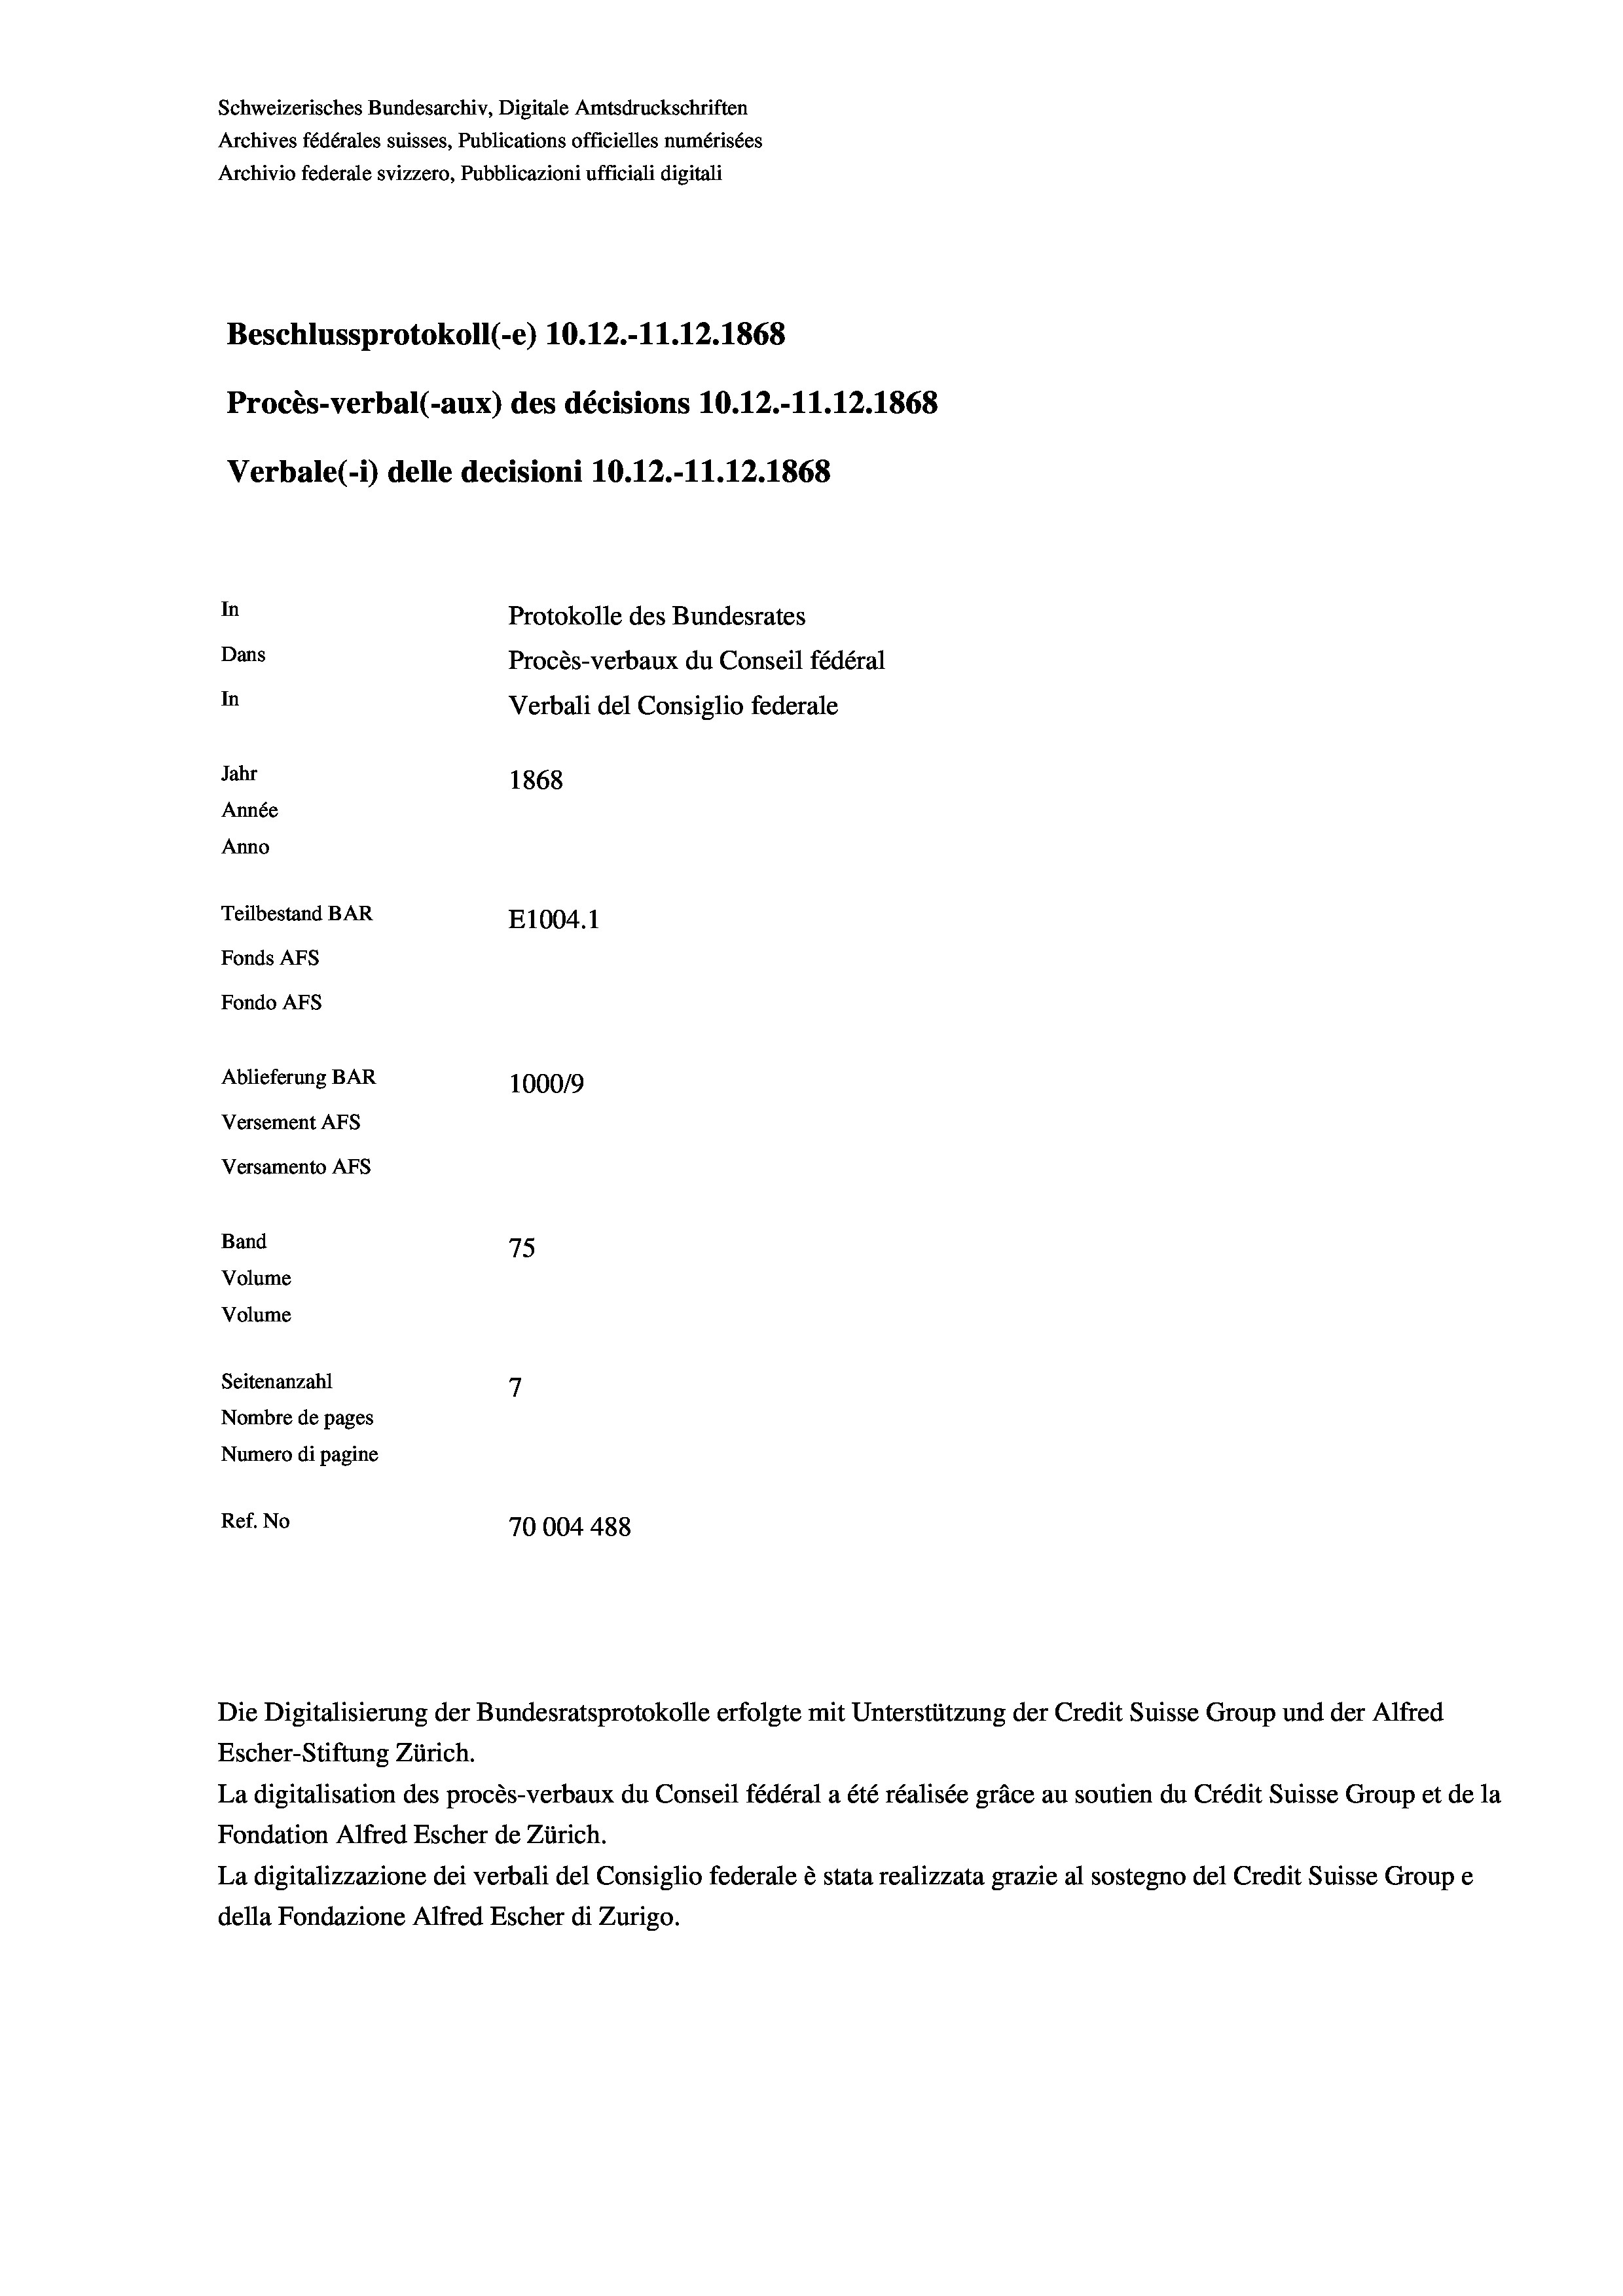
Schweizerisches Bundesarchiv, Digitale Amtsdruckschriften
Archives fédérales suisses, Publications officielles numérisées
Archivio federale svizzero, Pubblicazioni ufficiali digitali
Beschlussprotokoll (-e) 10.12.-11.12.1868
Procès-verbal (-aux) des décisions 10.12.-11.12.1868
Verbale(-*) delle decisioni 10.12.-11.12.1868
In
Protokolle des Bundesrates
Dans
Procès-verbaux du Conseil fédéral
In
Verbali del Consiglio federale
Jahr
1868
Année
Anno
Teilbestand BAR
E1004. 1
Fonds AFs
Fondo AFS
Ablieferung BAR
100019
Versement As
Versamento AFs
Band
75
Volume
Volume

7
Seitenanzahl
Nombre de pages
Numero di pagine
Ref. No
70004 488

Die Digitalisierung der Bundesratsprotokolle erfolgte mit Unterstützung der Credit Suisse Group und der Alfred
Escher-Stiftung Zürich.
La digitalisation des procès-verbaux du Conseil fédéral a été réalisée gräce au soutien du Crédit Suisse Group et de la
Fondation Alfred Escher de Zürich.
La digitalizzazione dei verbali del Consiglio federale è stata realizzata grazie al sostegno del Credit Suisse Groupe
della Fondazione Alfred Escher di Zurigo.